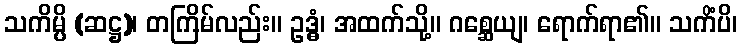
သကိမ္ပိ (ဆဋ္ဌ)၊ တကြိမ်လည်း။ ဥဒ္ဓံ၊ အထက်သို့။ ဂစ္ဆေယျ၊ ရောက်ရာ၏။ သကိံပိ၊